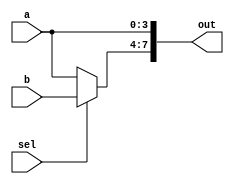
module vector_continuous_assignment (
    input wire [3:0] a,       // 4-bit input signal a
    input wire [3:0] b,       // 4-bit input signal b
    input wire sel,           // 1-bit select signal
    output wire [7:0] out     // 8-bit output vector
);

// Continuous assignment of the 8-bit output vector
assign out = {sel ? b : a, a}; // Concatenate b or a based on sel with a

endmodule